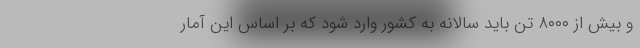
و بیش از ۸۰۰۰ تن باید سالانه به کشور وارد شود که بر اساس این آمار